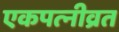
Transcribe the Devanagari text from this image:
एकपत्‍नीव्रत